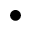
\bullet